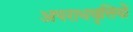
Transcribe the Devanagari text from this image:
अपराधवृत्तियों